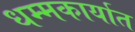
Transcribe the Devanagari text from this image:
धम्मकार्यात